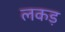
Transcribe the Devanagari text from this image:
लकड़